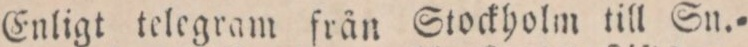
Enligt telegram från Stockholm till Sn.=